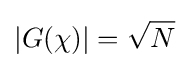
|G(\chi )|={\sqrt {N}}